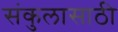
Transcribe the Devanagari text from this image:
संकुलासाठी